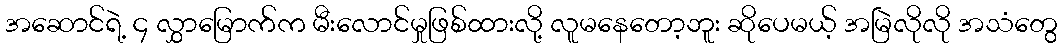
အဆောင်ရဲ့ ၄ လွှာမြောက်က မီးလောင်မှုဖြစ်ထားလို့ လူမနေတော့ဘူး ဆိုပေမယ့် အမြဲလိုလို အသံတွေ